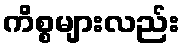
ကိစ္စများလည်း